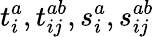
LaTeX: t_{i}^{a},t_{ij}^{ab},s_{i}^{a},s_{ij}^{ab}